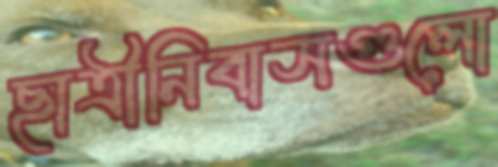
ছাত্রীনিবাসগুলো